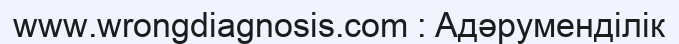
www.wrongdiagnosis.com : Адәруменділік